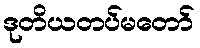
ဒုတိယတပ်မတော်